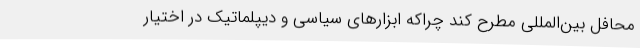
محافل بین‌المللی مطرح کند چراکه ابزارهای سیاسی و دیپلماتیک در اختیار